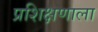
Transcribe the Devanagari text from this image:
प्रशिक्षणाला